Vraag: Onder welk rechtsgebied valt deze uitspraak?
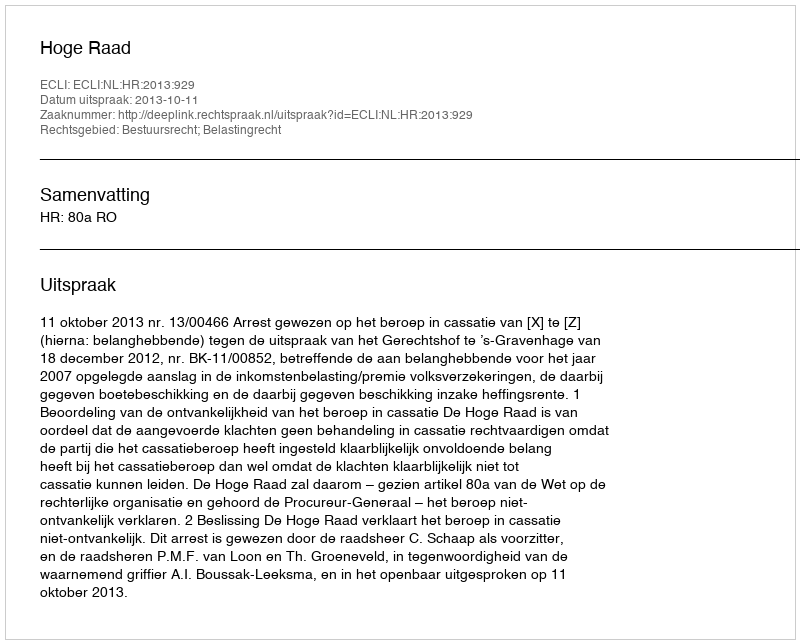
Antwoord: Bestuursrecht; Belastingrecht